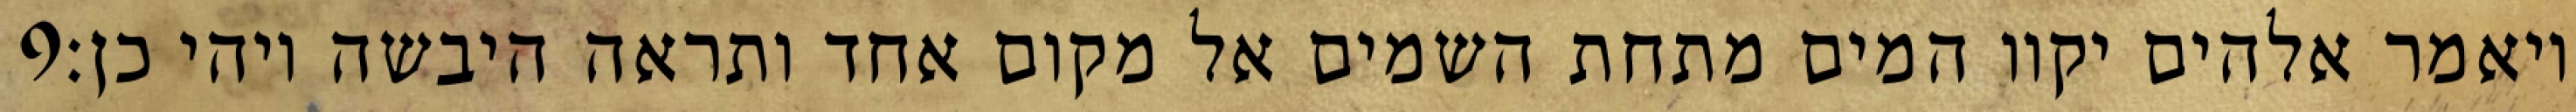
‎9‏ ויאמר אלהים יקוו המים מתחת השמים אל מקום אחד ותראה היבשה ויהי כן׃